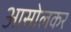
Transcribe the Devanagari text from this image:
आसोलकर